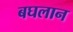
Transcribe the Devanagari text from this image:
बघलान